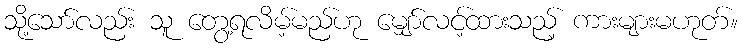
သို့သော်လည်း သူ တွေ့ရလိမ့်မည်ဟု မျှော်လင့်ထားသည့် ကားများမဟုတ်။